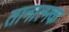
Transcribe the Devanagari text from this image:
तानात्मक